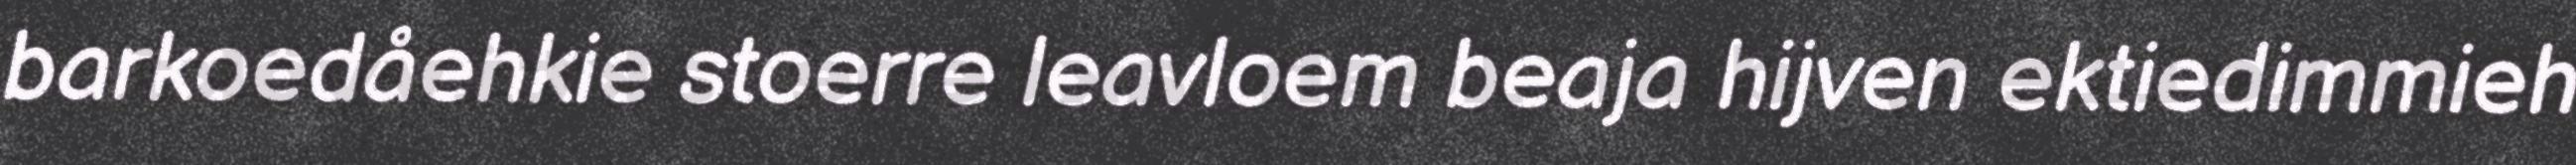
barkoedåehkie stoerre leavloem beaja hijven ektiedimmieh